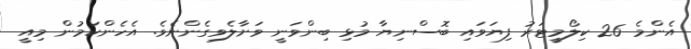
އެންމެ 26 ކިލޯމީޓަރު ފިޔަވައި ބޮސްނިޔާ މުޅި ބިންވަނީ ވަށާލެވިގެންނެވެ. އެހެންކަމުން މިއީ